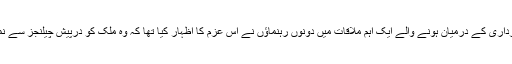
واضح رہے کہ ایک روز قبل ہی وزیر اعظم نواز شریف اور سابق صدارت آصف زرداری کے درمیان ہونے والے ایک اہم ملاقات میں دونوں رہنماؤں نے اس عزم کا اظہار کیا تھا کہ وہ ملک کو درپیش چیلنجز سے نمٹنے کی خاطر تمام قومی اداروں کو مضبوط بنانے کے لیے ان کا احترام کریں گے۔